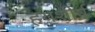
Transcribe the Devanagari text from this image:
हयशीर्ष